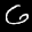
Label: 6